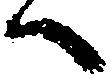
へ